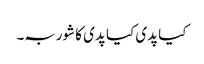
کیا پدی کیا پدی کا شوربہ۔